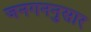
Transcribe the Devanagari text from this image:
जनगननुसार